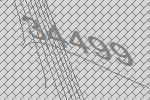
34499